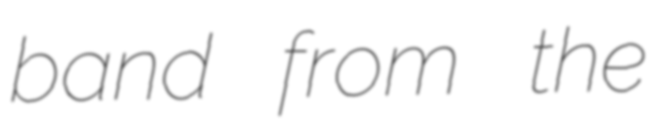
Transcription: band from the